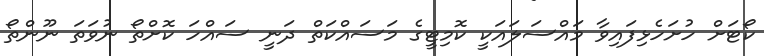
ކޯޓަށް ހުށަހެޅިފައިވާ މައްސަލައަކީ ކޮމިޓީގެ މަސައްކަތް ދަނީ ސައްހަ ކޮށްތޯ ނުވަތަ ނޫންތޯ